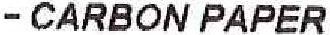
- CARBON PAPER